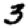
Digit: 3